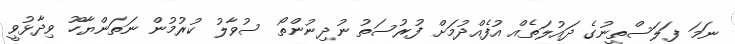
ނަމަ ފަލަސްތީނުގެ ދައުލަތެއް އުފެއްދުމަށް ފުރުސަތު ނުދިނުންތޯ ސުވާލު ކުރުމުން ނަތަންޔާހޫ ވިދާޅުވީ